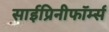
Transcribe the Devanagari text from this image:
साईप्रिनीफॉर्म्स